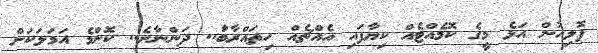
ޕޮލިިހުން އަަޅެ މިީގެ ކޮމެއްޓެއް ކިިޔާފައިި އެއްޗެެއް ހިތަައްރާބަާ.. ދަަންނާށެ.. ކޮންމެ އަަމަލަކަށް